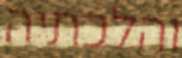
והלכתיה